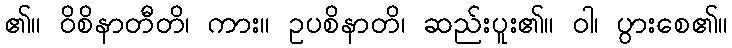
၏။ ဝိစိနာတီတိ၊ ကား။ ဥပစိနာတိ၊ ဆည်းပူး၏။ ဝါ၊ ပွားစေ၏။